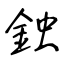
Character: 鉵